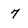
Character: 7